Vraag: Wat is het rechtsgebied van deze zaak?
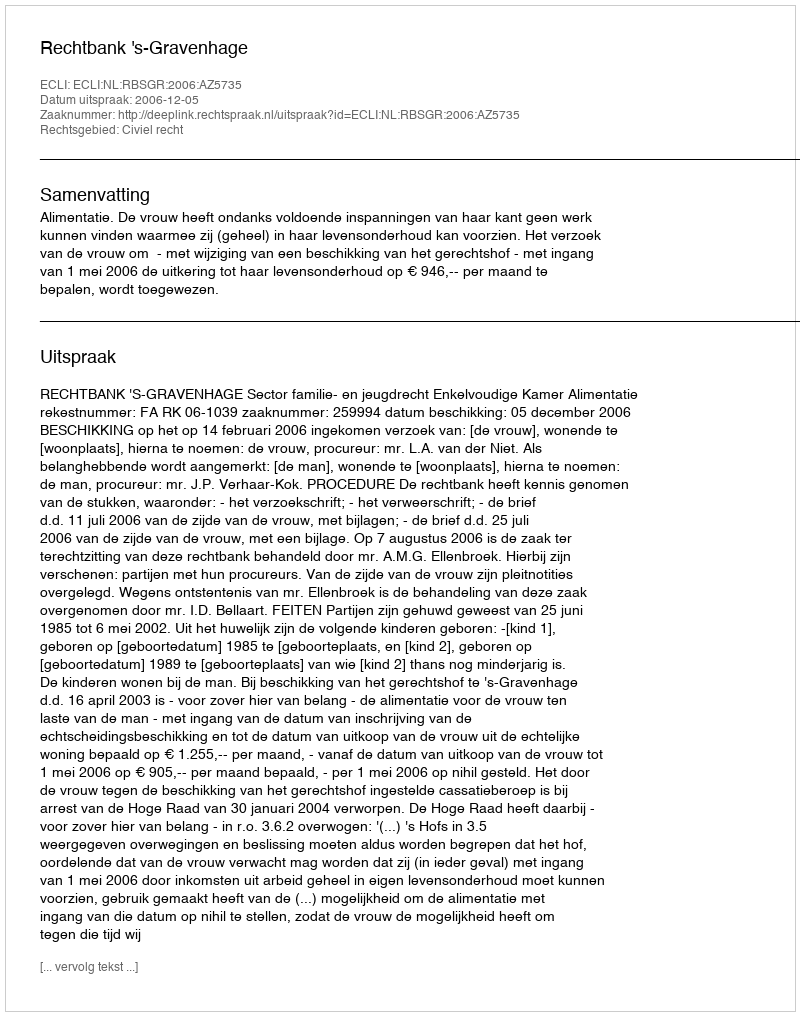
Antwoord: Civiel recht